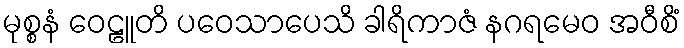
မုစ္စနံ ဝေဠူတိ ပဝေသာပေသိ ခါရိကာဇံ နဂရမေဝ အဝီစိံ